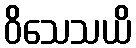
ဝိသေသယိ